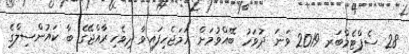
28 ސެޕްޓެމްބަރ 2019 ވަނަ ދުވަހު ބޭއްވުމަށް ހަމަޖެހިފައިވާ ދިވެހިރާއްޖޭގެ ބާ ކައުންސިލްގެ